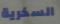
السخرية